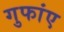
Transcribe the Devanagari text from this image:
गुफांए